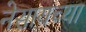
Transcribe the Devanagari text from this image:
नेसायच्या